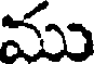
ము